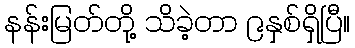
နန်းမြတ်တို့ သိခဲ့တာ ၉နှစ်ရှိပြီ။